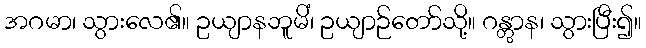
အဂမာ၊ သွားလေ၏။ ဥယျာနဘူမိံ၊ ဥယျာဉ်တော်သို့။ ဂန္တွာန၊ သွားပြီး၍။